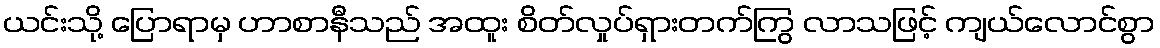
ယင်းသို့ ပြောရာမှ ဟာစာနီသည် အထူး စိတ်လှုပ်ရှားတက်ကြွ လာသဖြင့် ကျယ်လောင်စွာ